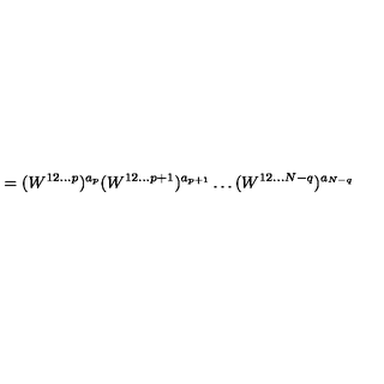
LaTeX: = ( W ^ { 1 2 \ldots p } ) ^ { a _ { p } } ( W ^ { 1 2 \ldots p + 1 } ) ^ { a _ { p + 1 } } \ldots ( W ^ { 1 2 \ldots N - q } ) ^ { a _ { N - q } }